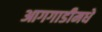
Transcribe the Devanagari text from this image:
आगगाडीमधे